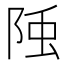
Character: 𨹤